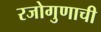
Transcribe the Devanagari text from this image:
रजोगुणाची